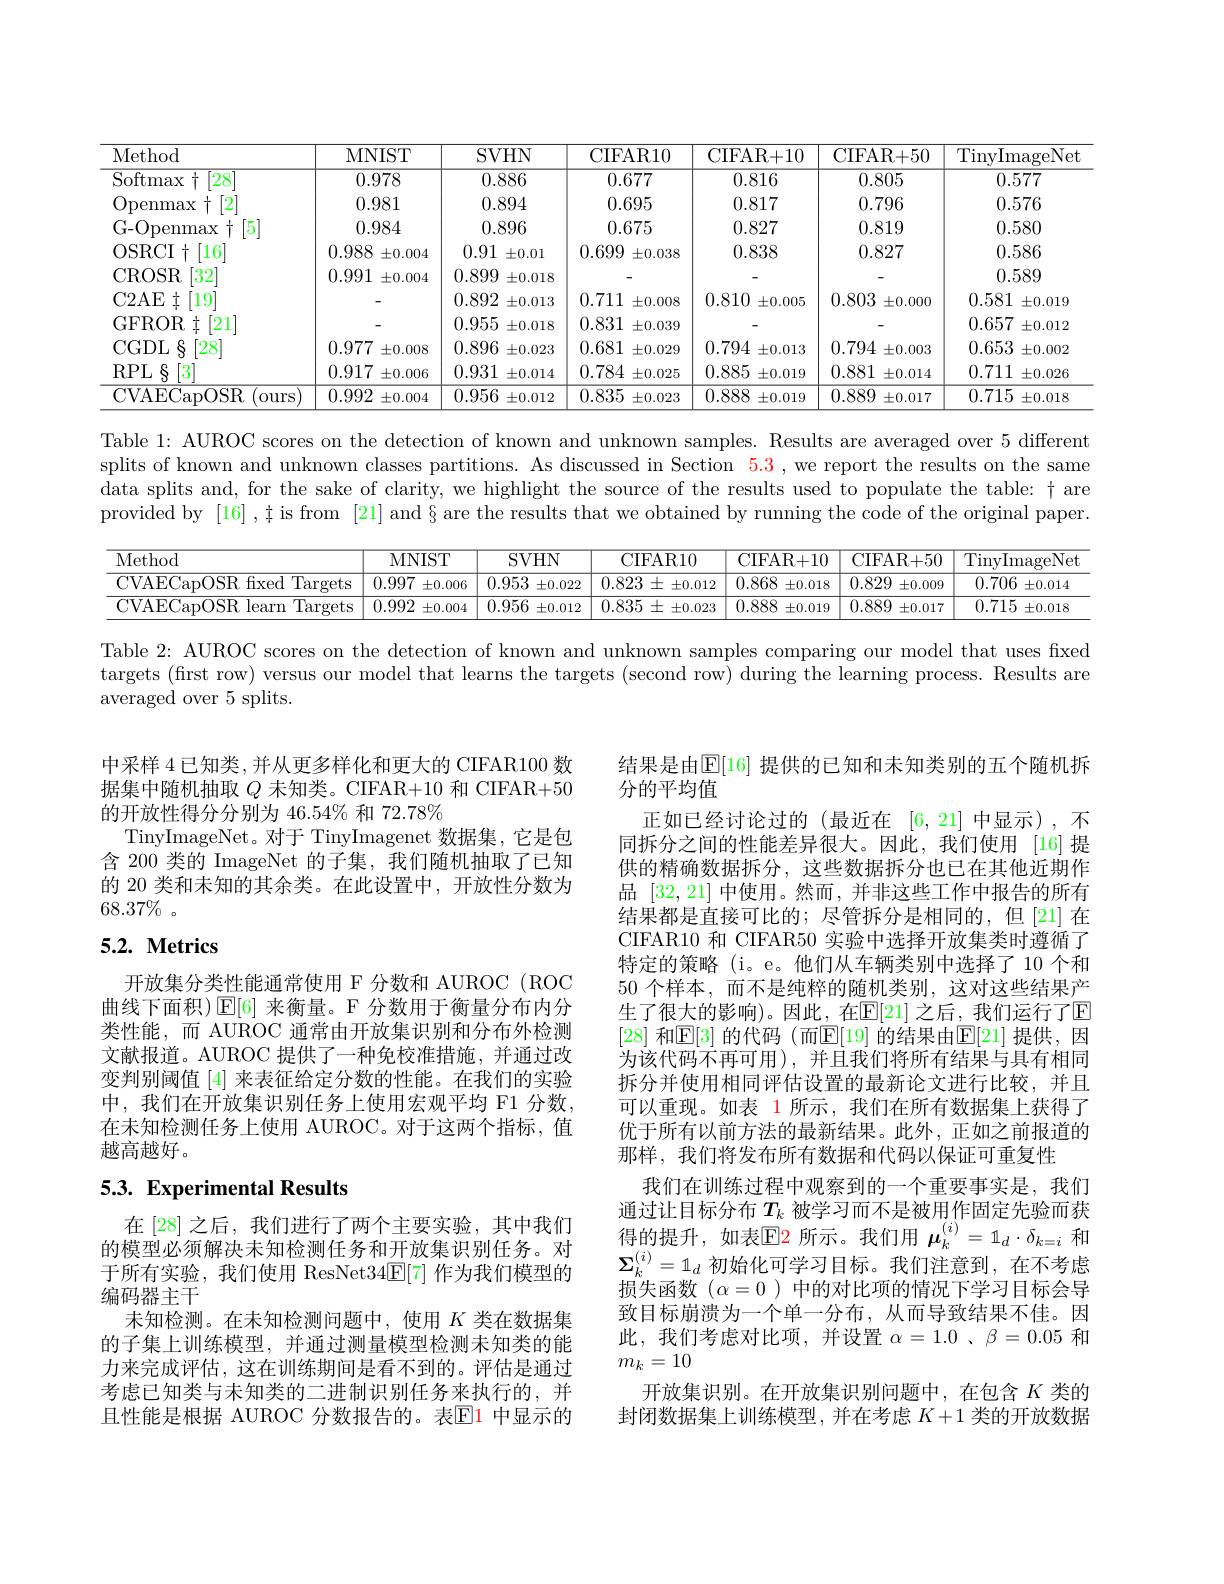
<table>
	<tbody>
		<tr>
			<th>Method</th>
			<th>MNIST</th>
			<th>SVHN</th>
			<th>CIFAR10</th>
			<th>CIFAR+ 10</th>
			<th>CIFAR+ 50</th>
			<th>TinyImageNet</th>
		</tr>
		<tr>
			<td>Softmax 十 $28^{\cdot}$</td>
			<td>0.978</td>
			<td>0.886</td>
			<td>0.677</td>
			<td>0.816</td>
			<td>0.805</td>
			<td>0.577</td>
		</tr>
		<tr>
			<td>Openmax 2</td>
			<td>0.981</td>
			<td>0.894</td>
			<td>0.695</td>
			<td>0.817</td>
			<td>0.796</td>
			<td>0.576</td>
		</tr>
		<tr>
			<td>G-Openmax $\lceil5\rceil$</td>
			<td>0.984</td>
			<td>0.896</td>
			<td>0.675</td>
			<td>0.827</td>
			<td>0.819</td>
			<td>0.580</td>
		</tr>
		<tr>
			<td>OSRCI+ [16]</td>
			<td>0.988 $\pm0.004$</td>
			<td>0.91 $\pm0.01$</td>
			<td>0.699 $\pm0.038$</td>
			<td>0.838</td>
			<td>0.827</td>
			<td>0.586</td>
		</tr>
		<tr>
			<td>CROSR $[32^{.}$</td>
			<td>0.991 $\pm0.004$</td>
			<td>0.899 $\pm0.018$</td>
			<td> </td>
			<td> </td>
			<td> </td>
			<td>0.589</td>
		</tr>
		<tr>
			<td>$\pm$ C2AE [19]</td>
			<td> </td>
			<td>0.892 $\pm0.013$</td>
			<td>0.711 $\pm0.008$</td>
			<td>0.810 $\pm0.005$</td>
			<td>0.803 $\pm0.000$</td>
			<td>0.581 $\pm0.019$</td>
		</tr>
		<tr>
			<td>GFROR t $\lceil21\rceil$</td>
			<td> </td>
			<td>0.955 $\pm0.018$</td>
			<td>0.831 $\pm0.039$</td>
			<td> </td>
			<td> </td>
			<td>0.657 $\pm0.012$</td>
		</tr>
		<tr>
			<td>CGDL 8 $[28^{\cdot}$</td>
			<td>0.977 $\pm0.008$</td>
			<td>0.896 $\pm0.023$</td>
			<td>0.681 $\pm0.029$</td>
			<td>0.794 $\pm0.013$</td>
			<td>0.794 $\pm0.003$</td>
			<td>0.653 $\pm0.002$</td>
		</tr>
		<tr>
			<td>TTA $\therefore\lceil3\rceil$ RPL</td>
			<td>0.917 $\pm0.006$</td>
			<td>0.931 $\pm0.014$</td>
			<td>0.784 $\pm0.025$</td>
			<td>0.885 $\pm0.019$</td>
			<td>0.881 $\pm0.014$</td>
			<td>0.711 $\pm0.026$</td>
		</tr>
		<tr>
			<td>CVAECapOSR Ours</td>
			<td>0.992 $\pm0.004$</td>
			<td>0.956 $\pm0.012$</td>
			<td>0.835 $\pm0.023$</td>
			<td>0.888 $\pm0.019$</td>
			<td>0.889 $\pm0.017$</td>
			<td>0.715 $\pm0.018$</td>
		</tr>
	</tbody>
</table>

Table 1: AUROC scores on the detection of known and unknown samples. Results are averaged over 5 different splits of known and unknown classes partitions. As discussed in Section $\color{red}{5.3}$, we report the results on the same data splits and, for the sake of clarity, we highlight the source of the results used to populate the table: $\dagger$ are provided by [16] , t is from [21] and § are the results that we obtained by running the code of the original paper.

<table>
	<tbody>
		<tr>
			<th>Method</th>
			<th>MNIST</th>
			<th>SVHN</th>
			<th>CIFAR10</th>
			<th>CIFAR+ 10</th>
			<th>CIFAR+ 50</th>
			<th>TinyImageNet</th>
		</tr>
		<tr>
			<td>CVAECapOSR fixed Targets</td>
			<td>0.997 $\pm0.006$</td>
			<td>0.953 $\pm0.022$</td>
			<td>$0.823\pm\pm0.012$</td>
			<td>0.868 $\pm0.018$</td>
			<td>0.829 $\pm0.009$</td>
			<td>0.706 $\pm0.014$</td>
		</tr>
		<tr>
			<td>CVAECapOSR learn Targets</td>
			<td>0.992 $\pm0.004$</td>
			<td>0.956 $\pm0.012$</td>
			<td>$0.835\pm\pm0.023$</td>
			<td>0.888 $\pm0.019$</td>
			<td>0.889 $\pm0.017$</td>
			<td>0.715 $\pm0.018$</td>
		</tr>
	</tbody>
</table>

Table 2: AUROC scores on the detection of known and unknown samples comparing our model that uses fixed targets (first row) versus our model that learns the targets (second row) during the learning process. Results are averaged over 5 splits.

中采样 4 已知类 ,并从更多样化和更大的 CIFAR100 数据集中随机抽取$Q$未知类。CIFAR+10 和 CIFAR+50的开放性得分分别为 46.54% 和 72.78%
TinyImageNet。对于 TinyImagenet 数据集，它是包含 200 类的 ImageNet 的子集，我们随机抽取了已知的 20 类和未知的其余类。在此设置中，开放性分数为$68.37\%$

## 5.2. Metrics

开放集分类性能通常使用 F 分数和 AUROC (ROC 曲线下面积)$\operatorname{E}[6]$来衡量。F 分数用于衡量分布内分类性能，而 AUROC 通常由开放集识别和分布外检测文献报道。AUROC 提供了一种免校准措施，并通过改变判别阈值[4]来表征给定分数的性能。在我们的实验中，我们在开放集识别任务上使用宏观平均 F1 分数， 在未知检测任务上使用 AUROC。对于这两个指标，值越高越好。

结果是由$\mathbb{E}[16]$ 提供的已知和未知类别的五个随机拆
分的平均值
正如已经讨论过的(最近在[6,21]中显示),不同拆分之间的性能差异很大。因此，我们使用[16]提供的精确数据拆分，这些数据拆分也已在其他近期作品[32,21]中使用。然而，并非这些工作中报告的所有结果都是直接可比的；尽管拆分是相同的，但[21]在CIFAR10 和 CIFAR50 实验中选择开放集类时遵循了特定的策略 (i。e。他们从车辆类别中选择了 10 个和50 个样本，而不是纯粹的随机类别，这对这些结果产生了很大的影响)。因此，在$\mathbb{E}[21]$ 之后，我们运行了E [28] 和$\mathbb{E}[3]$ 的代码 (而$\mathbb{E}[19]$ 的结果由$\mathbb{E}[21]$ 提供，因为该代码不再可用),并且我们将所有结果与具有相同拆分并使用相同评估设置的最新论文进行比较，并且可以重现。如表 1 所示，我们在所有数据集上获得了优于所有以前方法的最新结果。此外，正如之前报道的那样，我们将发布所有数据和代码以保证可重复性
我们在训练过程中观察到的一个重要事实是，我们通过让目标分布$T_k$被学习而不是被用作固定先验而获得的提升，如表$\color{red}{\mathrm{E}}$2 所示。我们用 $\boldsymbol\mu_k^{(i)}=1_d\cdot\delta_{k=i}$ 和$\Sigma_k^{(i)}=1_d$初始化可学习目标。我们注意到，在不考虑损失函数$(\alpha=0$ )中的对比项的情况下学习目标会导致目标崩溃为一个单一分布，从而导致结果不佳。因此，我们考虑对比项，并设置$\alpha=1.0$ 、$\beta=0.05$和$m_k=10$
开放集识别。在开放集识别问题中，在包含$K$类的封闭数据集上训练模型，并在考虑$K+1$类的开放数据

## 5.3. Experimental Results

在 [28] 之后，我们进行了两个主要实验，其中我们的模型必须解决未知检测任务和开放集识别任务。对于所有实验，我们使用 ResNet34$\mathbb{E}[7]$作为我们模型的编码器主干
末知检测。在未知检测问题中，使用$K$类在数据集的子集上训练模型，并通过测量模型检测未知类的能力来完成评估，这在训练期间是看不到的。评估是通过考虑已知类与未知类的二进制识别任务来执行的，并且性能是根据 AUROC 分数报告的。表$\color{red}{\mathrm{E}}\color{red}{\mathrm{1}}$ 中显示的